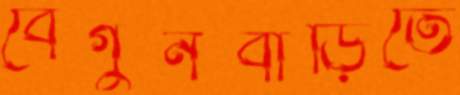
বেগুনবাড়িতে